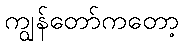
ကျွန်တော်ကတော့